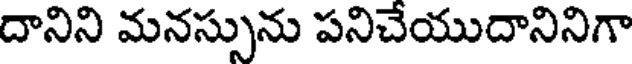
దానిని మనస్సును పనిచేయుదానినిగా